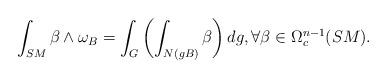
LaTeX: \begin{align*}\int_{SM} \beta\wedge \omega_B =\int_G\left(\int_{N(gB)} \beta\right)dg,\forall \beta\in\Omega_c^{n-1}(SM).\end{align*}